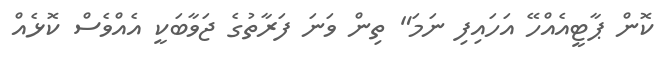
ކޮން ޕާޓީއެއްހޭ އަހައިފި ނަމަ" ތިން ވަނަ ފަރާތުގެ ޖަވާބަކީ އެއްވެސް ކޮޅެއް